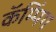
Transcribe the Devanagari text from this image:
कॅम्पिंग